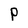
Character: P